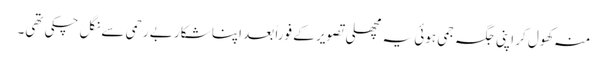
منہ کھول کر اپنی جگہ جمی ہوئی یہ مچھلی تصویر کے فوراً بعد اپنا شکار بے رحمی سے نگل چکی تھی۔